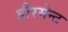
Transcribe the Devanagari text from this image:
डौरमेन्ट